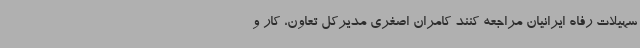
سهیلات رفاه ایرانیان مراجعه کنند کامران اصغری مدیرکل تعاون، کار و